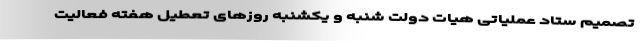
تصمیم ستاد عملیاتی هیات دولت شنبه و یکشنبه روزهای تعطیل هفته فعالیت